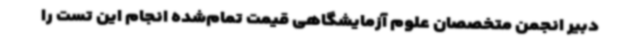
دبیر انجمن متخصصان علوم آزمایشگاهی قیمت تمام‌شده انجام این تست را